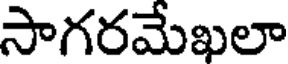
సాగరమేఖలా